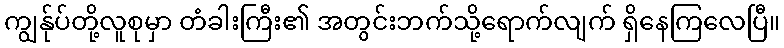
ကျွန်ုပ်တို့လူစုမှာ တံခါးကြီး၏ အတွင်းဘက်သို့ရောက်လျက် ရှိနေကြလေပြီ။